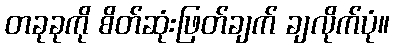
တခုခုကို စိတ်ဆုံးဖြတ်ချက် ချလိုက်ပုံ။